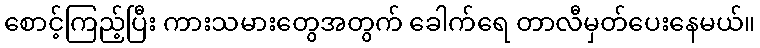
စောင့်ကြည့်ပြီး ကားသမားတွေအတွက် ခေါက်ရေ တာလီမှတ်ပေးနေမယ်။